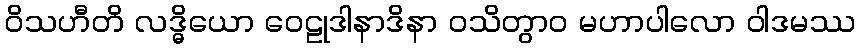
ဝိသဟီတိ လဒ္ဓိယော ဝေဠုဒါနာဒိနာ ဝသိတွာဝ မဟာပါလော ဝါဒမဿ